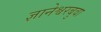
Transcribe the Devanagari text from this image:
ज्ञानेश्वरबुवा